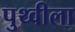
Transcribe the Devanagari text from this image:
पुथ्वीला